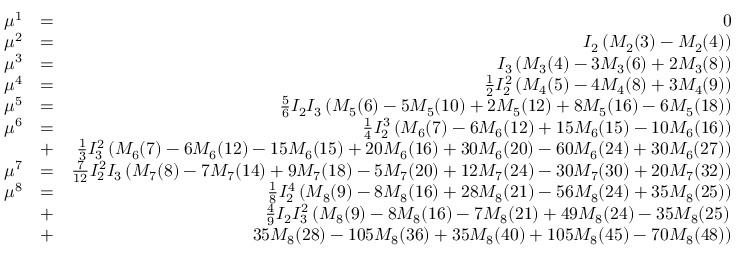
\begin{array} { r l r } { \mu ^ { 1 } } & { = } & { 0 } \\ { \mu ^ { 2 } } & { = } & { I _ { 2 } \left( M _ { 2 } ( 3 ) - M _ { 2 } ( 4 ) \right) } \\ { \mu ^ { 3 } } & { = } & { I _ { 3 } \left( M _ { 3 } ( 4 ) - 3 M _ { 3 } ( 6 ) + 2 M _ { 3 } ( 8 ) \right) } \\ { \mu ^ { 4 } } & { = } & { \frac { 1 } { 2 } I _ { 2 } ^ { 2 } \left( M _ { 4 } ( 5 ) - 4 M _ { 4 } ( 8 ) + 3 M _ { 4 } ( 9 ) \right) } \\ { \mu ^ { 5 } } & { = } & { \frac { 5 } { 6 } I _ { 2 } I _ { 3 } \left( M _ { 5 } ( 6 ) - 5 M _ { 5 } ( 1 0 ) + 2 M _ { 5 } ( 1 2 ) + 8 M _ { 5 } ( 1 6 ) - 6 M _ { 5 } ( 1 8 ) \right) } \\ { \mu ^ { 6 } } & { = } & { \frac { 1 } { 4 } I _ { 2 } ^ { 3 } \left( M _ { 6 } ( 7 ) - 6 M _ { 6 } ( 1 2 ) + 1 5 M _ { 6 } ( 1 5 ) - 1 0 M _ { 6 } ( 1 6 ) \right) } \\ & { + } & { \frac { 1 } { 3 } I _ { 3 } ^ { 2 } \left( M _ { 6 } ( 7 ) - 6 M _ { 6 } ( 1 2 ) - 1 5 M _ { 6 } ( 1 5 ) + 2 0 M _ { 6 } ( 1 6 ) + 3 0 M _ { 6 } ( 2 0 ) - 6 0 M _ { 6 } ( 2 4 ) + 3 0 M _ { 6 } ( 2 7 ) \right) } \\ { \mu ^ { 7 } } & { = } & { \frac { 7 } { 1 2 } I _ { 2 } ^ { 2 } I _ { 3 } \left( M _ { 7 } ( 8 ) - 7 M _ { 7 } ( 1 4 ) + 9 M _ { 7 } ( 1 8 ) - 5 M _ { 7 } ( 2 0 ) + 1 2 M _ { 7 } ( 2 4 ) - 3 0 M _ { 7 } ( 3 0 ) + 2 0 M _ { 7 } ( 3 2 ) \right) } \\ { \mu ^ { 8 } } & { = } & { \frac { 1 } { 8 } I _ { 2 } ^ { 4 } \left( M _ { 8 } ( 9 ) - 8 M _ { 8 } ( 1 6 ) + 2 8 M _ { 8 } ( 2 1 ) - 5 6 M _ { 8 } ( 2 4 ) + 3 5 M _ { 8 } ( 2 5 ) \right) } \\ & { + } & { \frac { 4 } { 9 } I _ { 2 } I _ { 3 } ^ { 2 } \left( M _ { 8 } ( 9 ) - 8 M _ { 8 } ( 1 6 ) - 7 M _ { 8 } ( 2 1 ) + 4 9 M _ { 8 } ( 2 4 ) - 3 5 M _ { 8 } ( 2 5 ) \right. } \\ & { + } & { \left. 3 5 M _ { 8 } ( 2 8 ) - 1 0 5 M _ { 8 } ( 3 6 ) + 3 5 M _ { 8 } ( 4 0 ) + 1 0 5 M _ { 8 } ( 4 5 ) - 7 0 M _ { 8 } ( 4 8 ) \right) } \end{array}